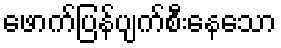
ဖောက်ပြန်ပျက်စီးနေသော